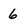
Character: 6